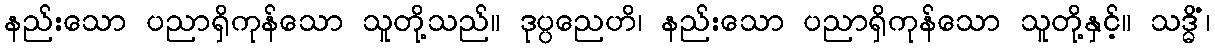
နည်းသော ပညာရှိကုန်သော သူတို့သည်။ ဒုပ္ပညေဟိ၊ နည်းသော ပညာရှိကုန်သော သူတို့နှင့်။ သဒ္ဓိံ၊